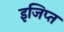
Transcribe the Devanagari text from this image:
इजिप्‍त